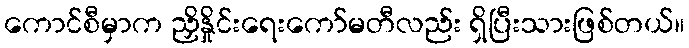
ကောင်စီမှာက ညှိနှိုင်းရေးကော်မတီလည်း ရှိပြီးသားဖြစ်တယ်။